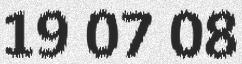
19 07 08